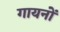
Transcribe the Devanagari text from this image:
गायनों